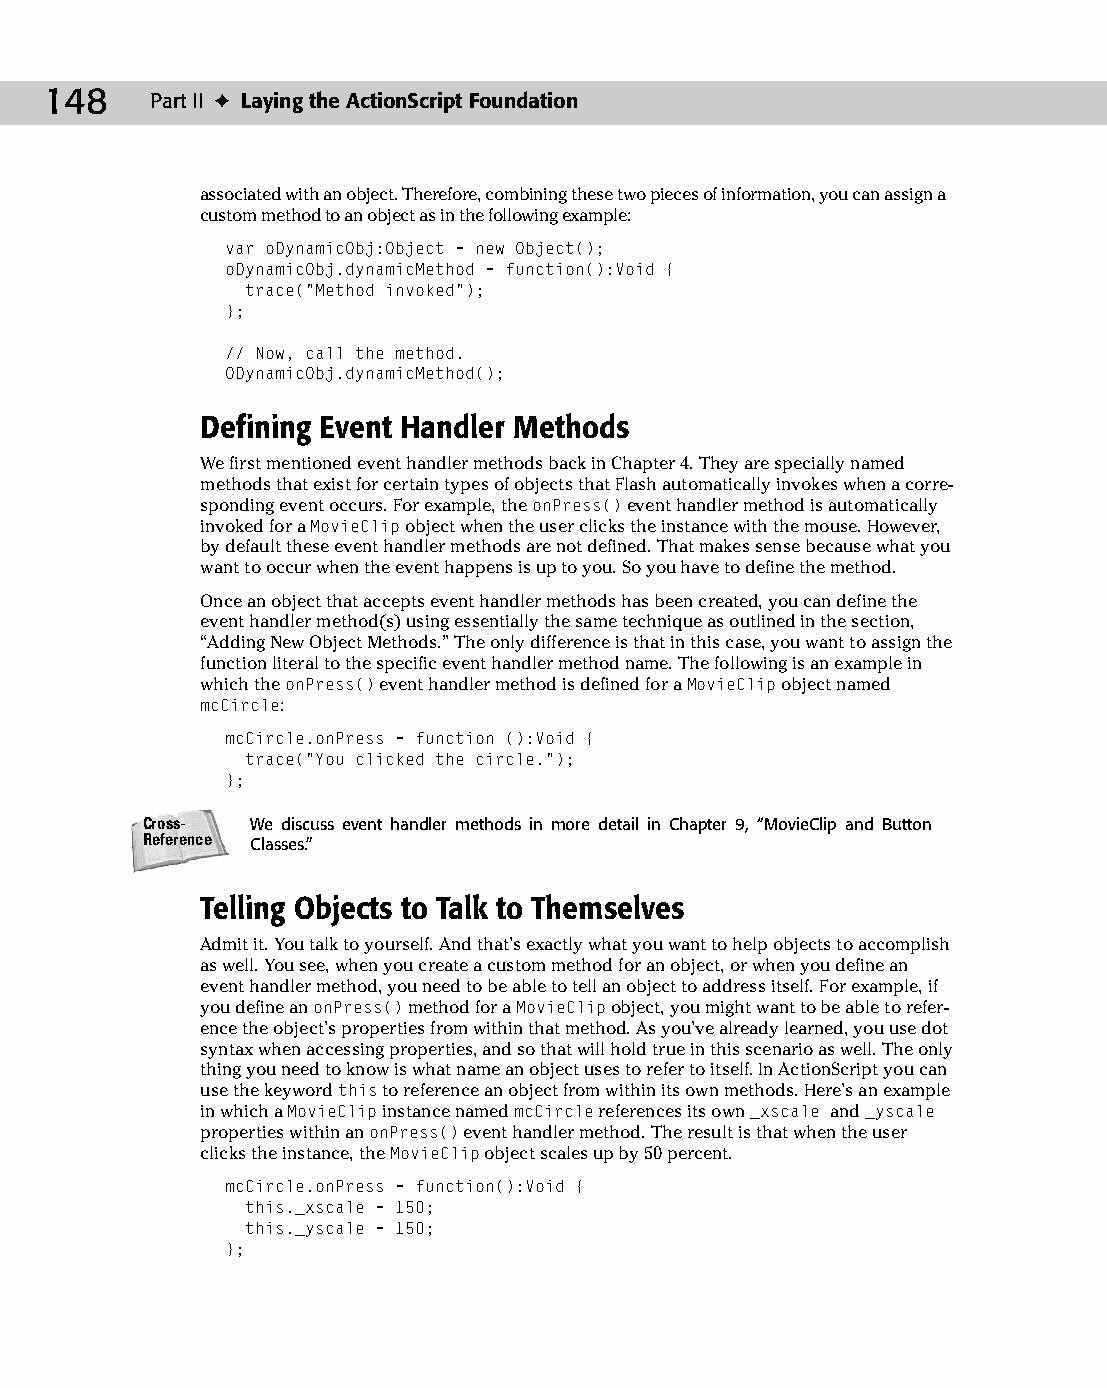
10 543547 ch07.qxd 3/24/04 3:50 PM Page 148
 148    Part II ✦ Laying the ActionScript Foundation
 associated with an object. Therefore, combining these two pieces of information, you can assign a
 custom method to an object as in the following example:
 var oDynamicObj:Object = new Object();
 oDynamicObj.dynamicMethod = function():Void {
 trace(“Method invoked”);
 };
 // Now, call the method.
 ODynamicObj.dynamicMethod();
 Defining Event Handler Methods
 We first mentioned event handler methods back in Chapter 4. They are specially named
 methods that exist for certain types of objects that Flash automatically invokes when a corre­
 sponding event occurs. For example, the onPress() event handler method is automatically
 invoked for a MovieClip object when the user clicks the instance with the mouse. However,
 by default these event handler methods are not defined. That makes sense because what you
 want to occur when the event happens is up to you. So you have to define the method.
 Once an object that accepts event handler methods has been created, you can define the
 event handler method(s) using essentially the same technique as outlined in the section,
 “Adding New Object Methods.” The only difference is that in this case, you want to assign the
 function literal to the specific event handler method name. The following is an example in
 which the onPress() event handler method is defined for a MovieClip object named
 mcCircle:
 mcCircle.onPress = function ():Void {
 trace(“You clicked the circle.”);
 };
 Cross-  We discuss event handler methods in more detail in Chapter 9, “MovieClip and Button
 Reference Classes.”
 Telling Objects to Talk to Themselves
 Admit it. You talk to yourself. And that’s exactly what you want to help objects to accomplish
 as well. You see, when you create a custom method for an object, or when you define an
 event handler method, you need to be able to tell an object to address itself. For example, if
 you define an onPress() method for a MovieClip object, you might want to be able to refer­
 ence the object’s properties from within that method. As you’ve already learned, you use dot
 syntax when accessing properties, and so that will hold true in this scenario as well. The only
 thing you need to know is what name an object uses to refer to itself. In ActionScript you can
 use the keyword this to reference an object from within its own methods. Here’s an example
 in which a MovieClip instance named mcCircle references its own _xscale and _yscale
 properties within an onPress() event handler method. The result is that when the user
 clicks the instance, the MovieClip object scales up by 50 percent.
 mcCircle.onPress = function():Void {
 this._xscale = 150;
 this._yscale = 150;
 };